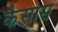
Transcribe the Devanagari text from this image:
कैसास